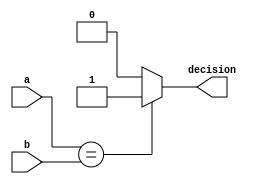
module COMPARATOR_EULAR(a,b,decision);

parameter Size = 6;

input [Size-1:0]a;
input [Size-1:0]b;
output decision;

assign decision = (a == b)? 1'b1 : 1'b0;

endmodule